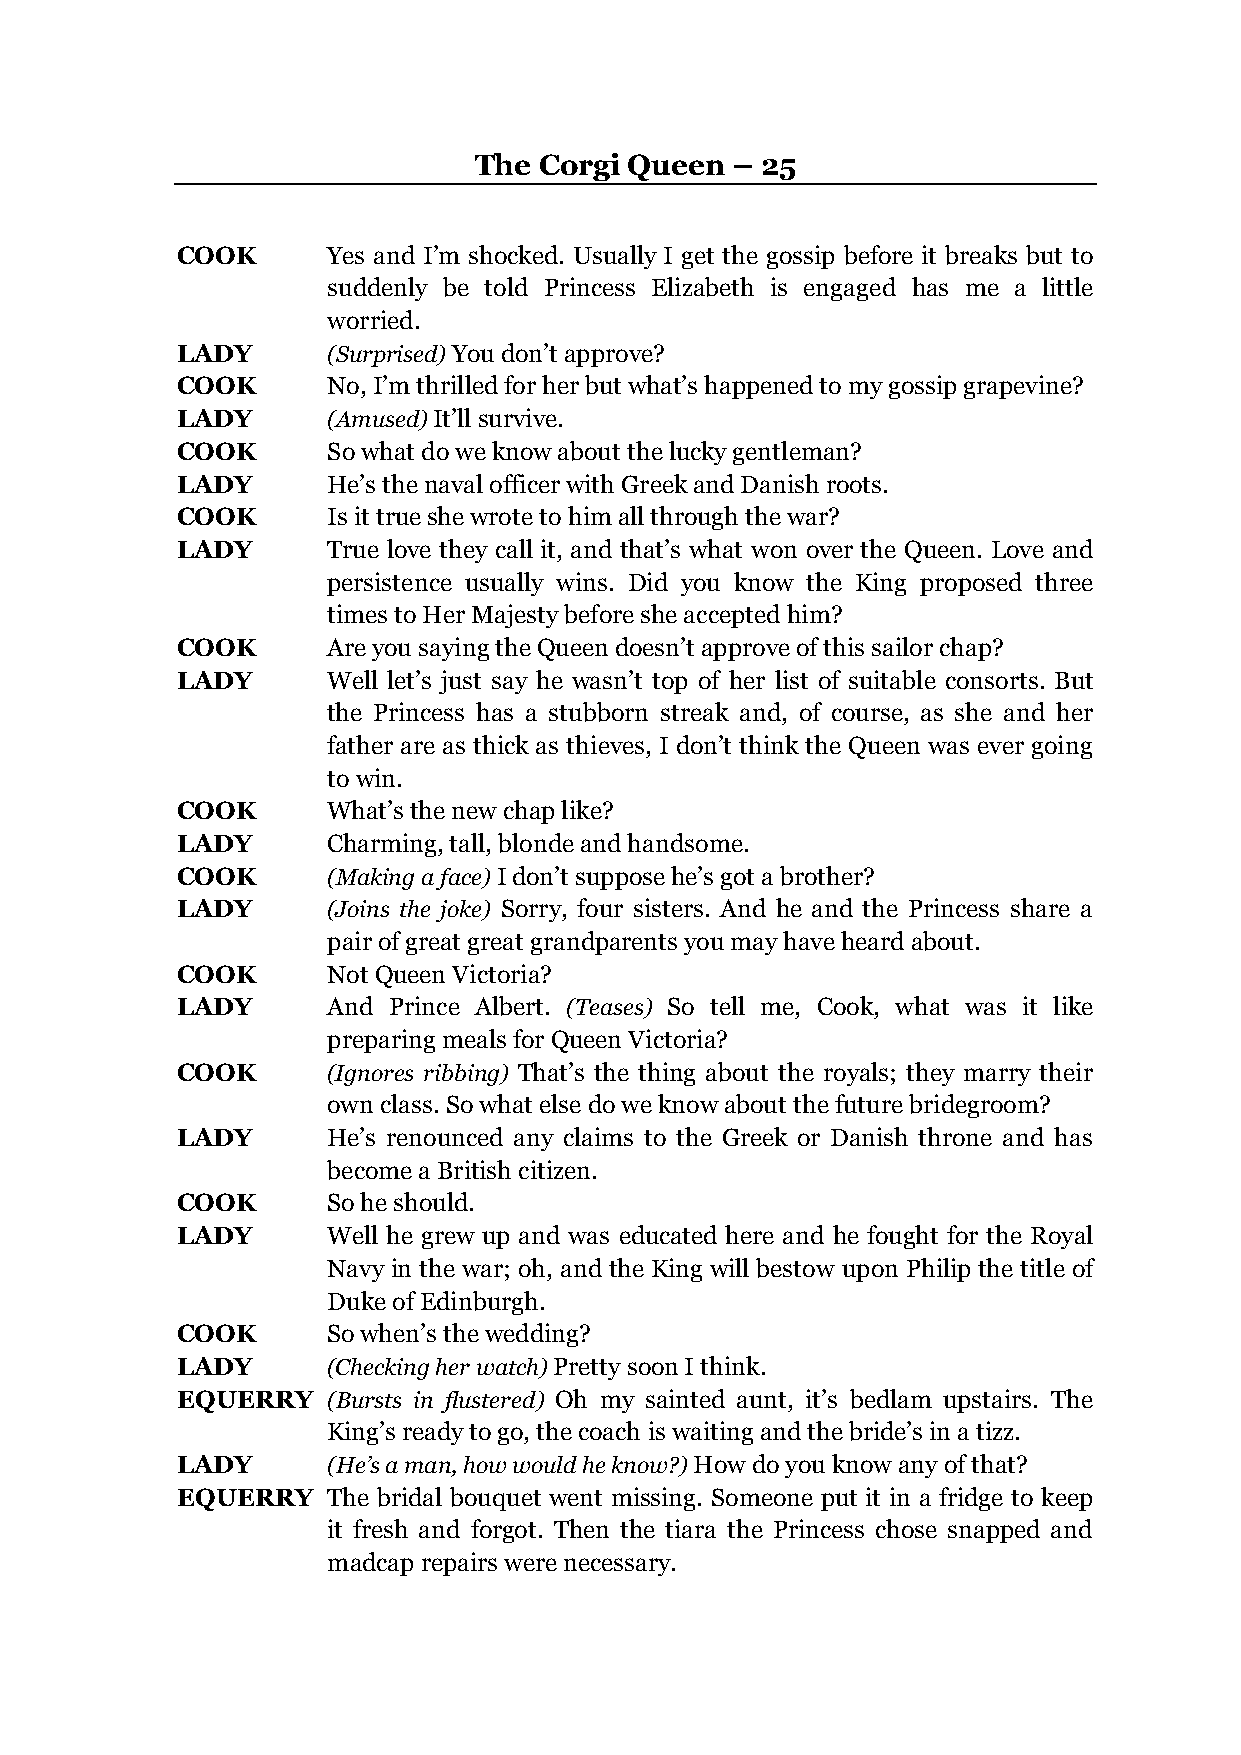
The  Corgi Queen – 25
 COOK      Yes and I’m shocked. Usually I get the gossip before it breaks but to
 suddenly be told Princess Elizabeth is engaged has me a little
 worried.
 LADY      (Surprised) You don’t approve?
 COOK      No, I’m thrilled for her but what’s happened to my gossip grapevine?
 LADY      (Amused) It’ll survive.
 COOK      So what do we know about the lucky gentleman?
 LADY      He’s the naval officer with Greek and Danish roots.
 COOK      Is it true she wrote to him all through the war?
 LADY      True love they call it, and that’s what won over the Queen. Love and
 persistence usually wins. Did you know the King proposed three
 times to Her Majesty before she accepted him?
 COOK      Are you saying the Queen doesn’t approve of this sailor chap?
 LADY      Well let’s just say he wasn’t top of her list of suitable consorts. But
 the Princess has a stubborn streak and, of course, as she and her
 father are as thick as thieves, I don’t think the Queen was ever going
 to win.
 COOK      What’s the new chap like?
 LADY      Charming, tall, blonde and handsome.
 COOK      (Making a face) I don’t suppose he’s got a brother?
 LADY      (Joins the joke) Sorry, four sisters. And he and the Princess share a
 pair of great great grandparents you may have heard about.
 COOK      Not Queen Victoria?
 LADY      And Prince Albert. (Teases) So tell me, Cook, what was it like
 preparing meals for Queen Victoria?
 COOK      (Ignores ribbing) That’s the thing about the royals; they marry their
 own class. So what else do we know about the future bridegroom?
 LADY      He’s renounced any claims to the Greek or Danish throne and has
 become a British citizen.
 COOK      So he should.
 LADY      Well he grew up and was educated here and he fought for the Royal
 Navy in the war; oh, and the King will bestow upon Philip the title of
 Duke of Edinburgh.
 COOK      So when’s the wedding?
 LADY      (Checking her watch) Pretty soon I think.
 EQUERRY   (Bursts in flustered) Oh my sainted aunt, it’s bedlam upstairs. The
 King’s ready to go, the coach is waiting and the bride’s in a tizz.
 LADY      (He’s a man, how would he know?) How do you know any of that?
 EQUERRY   The bridal bouquet went missing. Someone put it in a fridge to keep
 it fresh and forgot. Then the tiara the Princess chose snapped and
 madcap repairs were necessary.